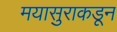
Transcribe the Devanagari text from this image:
मयासुराकडून